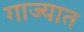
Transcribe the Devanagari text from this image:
गाज्यात